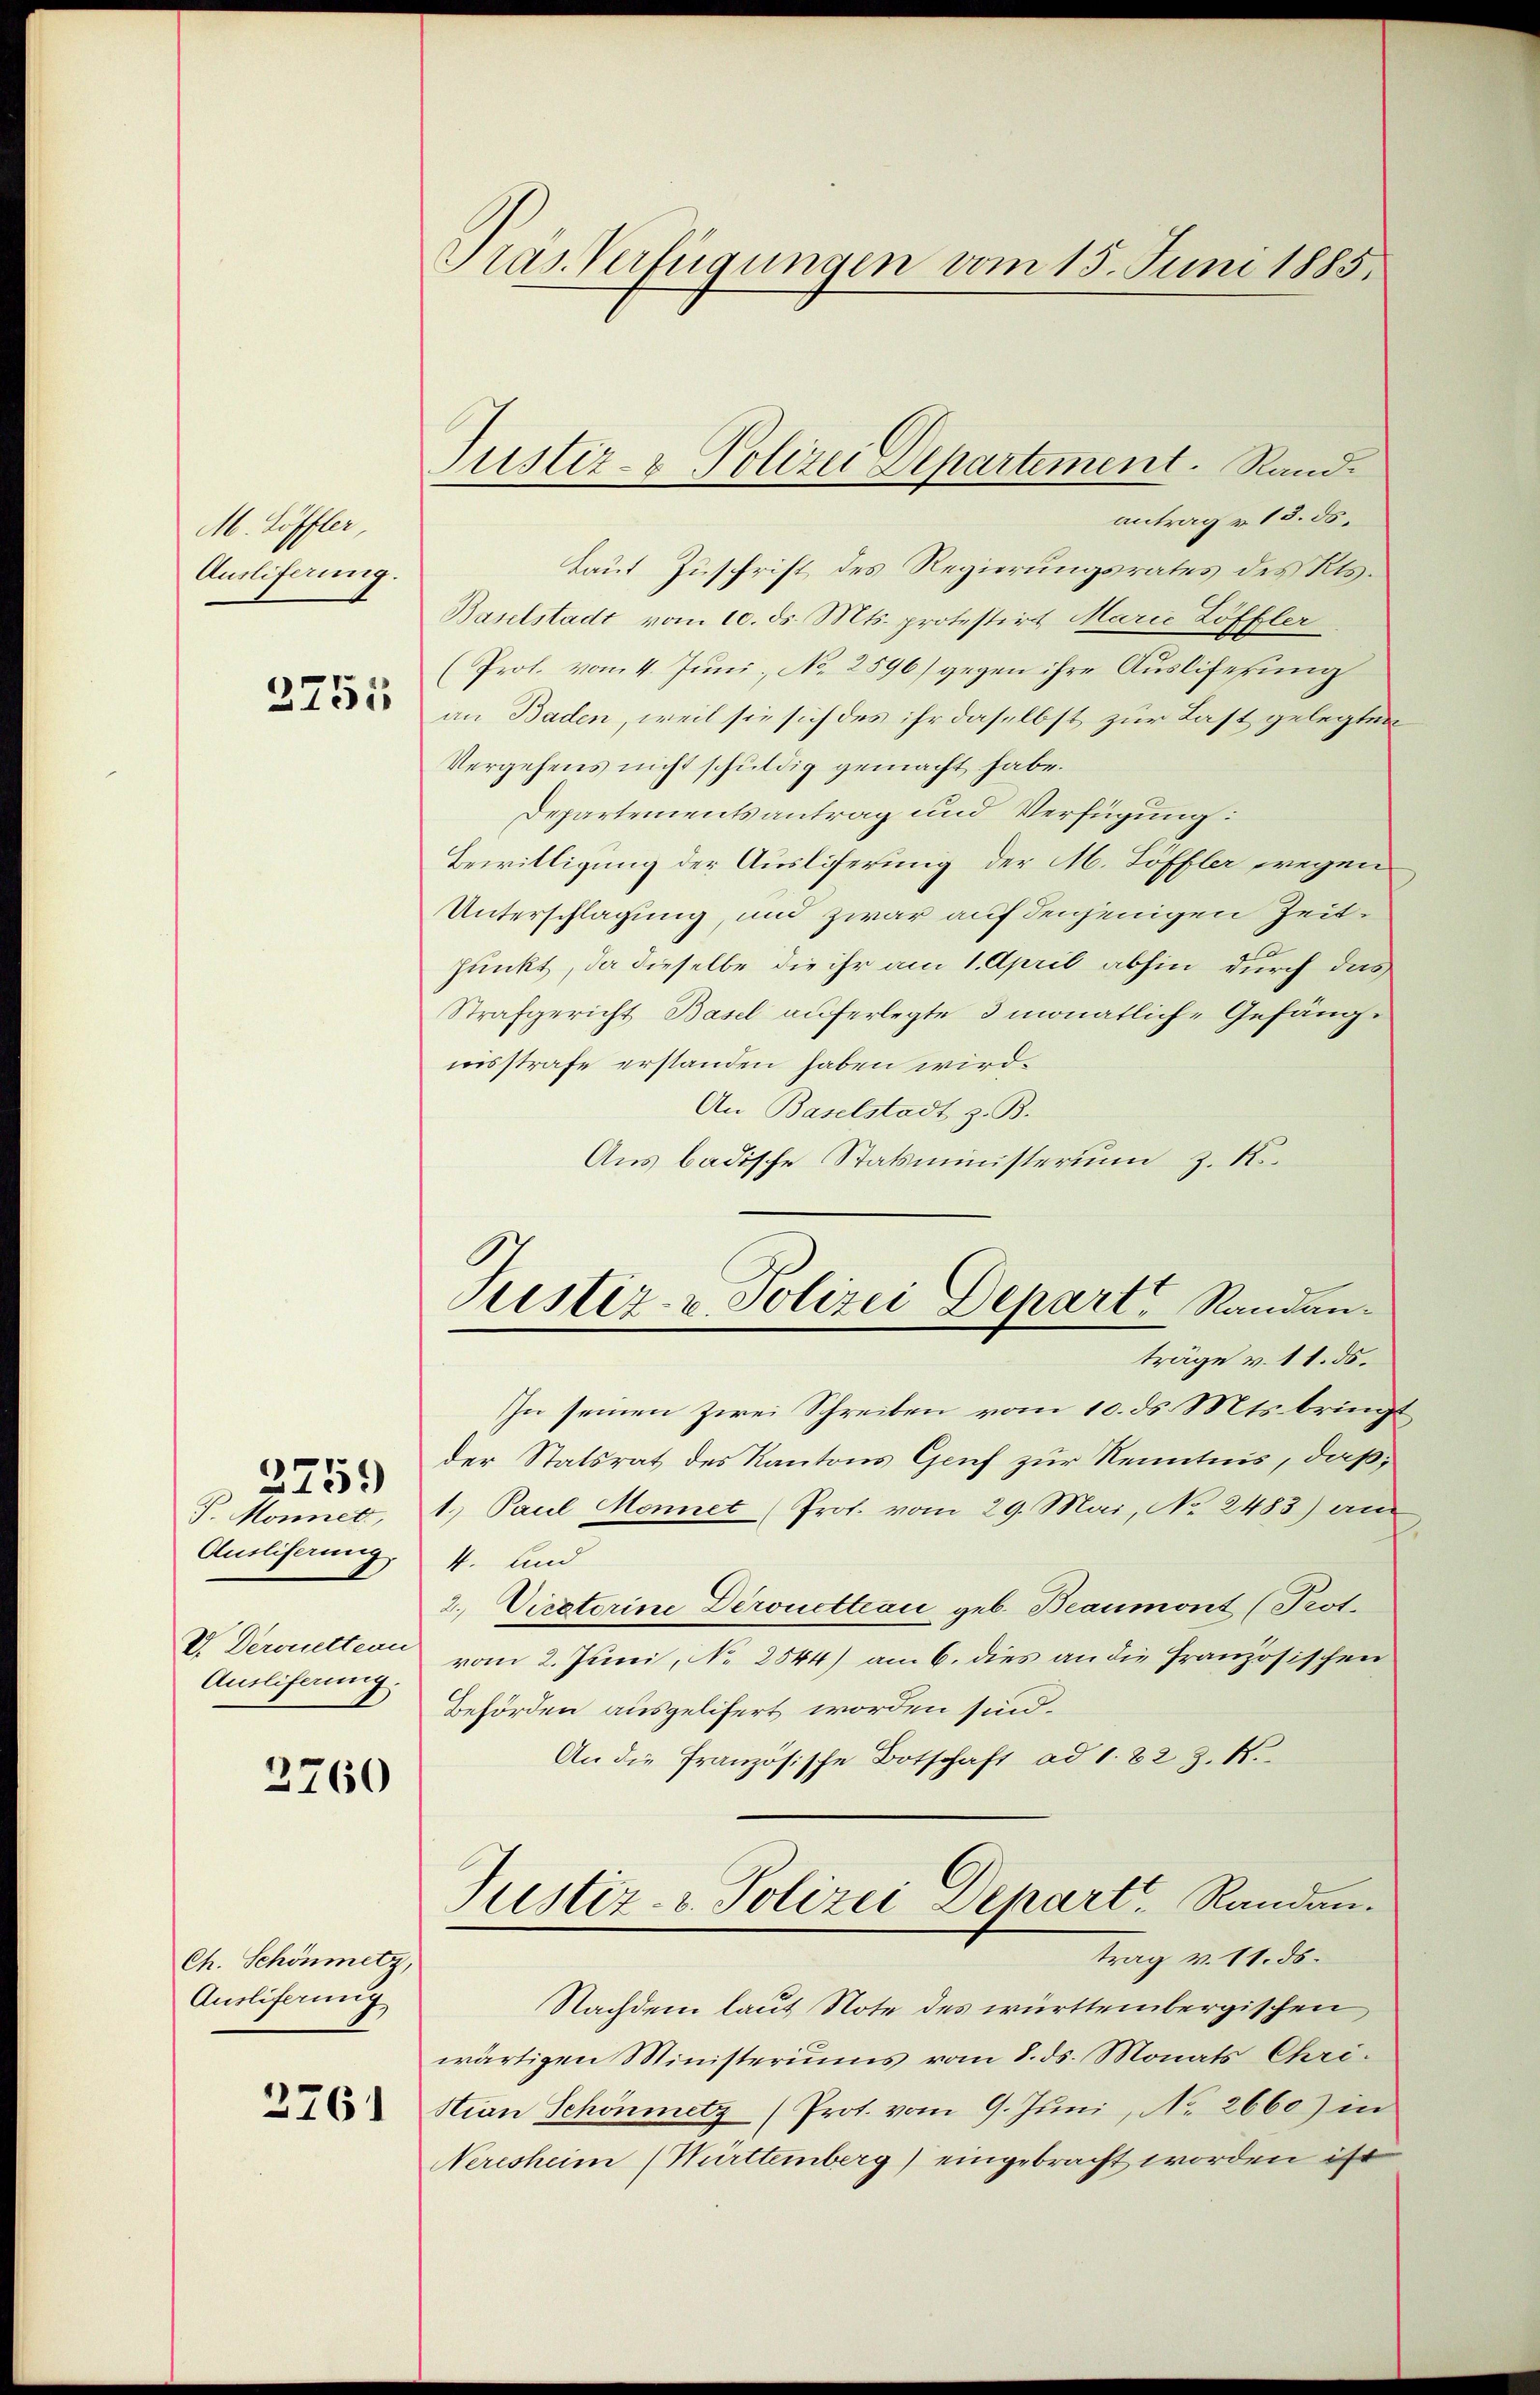
M. Löffler,
Ausliferung.

2751

J. Monnet,
Auslieferung.
V. Deronetteau
Ansliferung.

2759

3760

Ch. Schönmetz,
Auslieferung

2761

Pras Verfügungen vom 15. Juni 1885.

Justiz- & Polizei Departement. Rand.

Justiz- u. Polizei Depart Randanträge v. 11. ds.

antrag v. 13. ds.
taut Zuschrift des Regierungsrates des Kts.
Baselstadt vom 10. ds. Mts. protestirt Marie Löffler
(Prof. vom 4. Juni, No 2596) gegen ihre Auslieferung
an Baden, weil sie sich des ihr daselbst zur Last gelegten
Vergehens nicht schuldig gemacht habe.
Departementsantrag und Verfügung:
Bewilligung der Ausliferung der M. Löffler wegen
Unterschlagung, und zwar auf denjenigen Zeitpunkt, da dieselbe die ihr am 1. April abhin durch das
Strafgericht Basel auferlegte 3 monatlich-Gefängnisstrafe erstanden haben wird.
An Baselstadt z. B.
Aus badische Statsministerium z. K.
In seinen Zwei Schreiben vom 10. ds. Mts. bringt
der Statsrat des Kantons Genf zur Kenntnis, daß,
1.) Paul Monnet Prof. vom 29. Mai, No 2483) am
4. und
2. Virsterine Deronetteau geb. Beaumont (Prot.
vom 2. Juni, No 2544) am 6. dies an die französischen
Behörden ausgelifert worden sind.
An die Französische Botschaft ad 1. 823. k.
Justiz- & Polizei Depart, Randen.
trag v. 11. ds.
Nachdem laut Note des württembergischen
wärtigen Ministeriums vom 8. ds. Monats Chri-
stian Schönmetz (Prot. vom 9. Juni, No. 2660) in
Neresheim (Württemberg) eingebracht worden ist